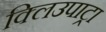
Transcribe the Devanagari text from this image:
क्लिउपाट्रा